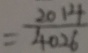
= \frac { 2 0 1 4 } { 4 0 2 6 }